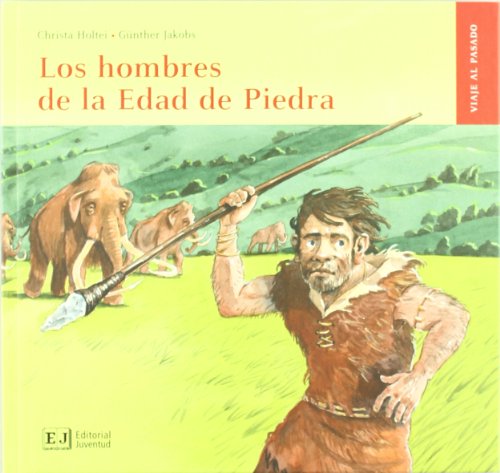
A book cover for Los hombres de la Edad de Piedra / Stone Age Man (Viaje Al Pasado) (Spanish Edition); Christa Holtei; Teen & Young Adult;